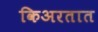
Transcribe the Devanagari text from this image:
किअरतात